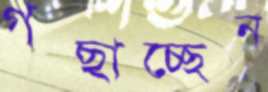
গছাচ্ছেন